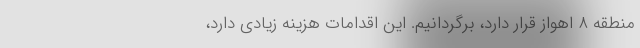
منطقه ۸ اهواز قرار دارد، برگردانیم. این اقدامات هزینه زیادی دارد،